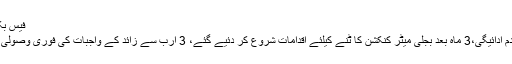
فیس بک
عدم ادائیگی،3 ماہ بعد بجلی میٹر کنکشن کا ٹنے کیلئے اقدامات شروع کر دئیے گئے، 3 ارب سے زائد کے واجبات کی فوری وصولی ..